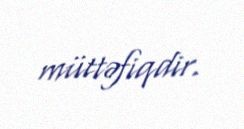
müttəfiqdir.